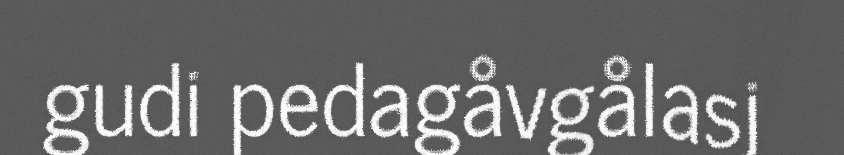
gudi pedagåvgålasj